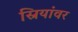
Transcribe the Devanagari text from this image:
स्रियांवर